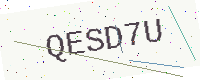
Text: QESD7U